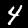
Digit: 4